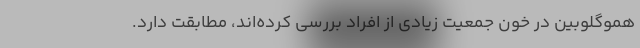
هموگلوبین در خون جمعیت زیادی از افراد بررسی کرده‌اند، مطابقت دارد.